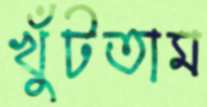
খুঁটতাম